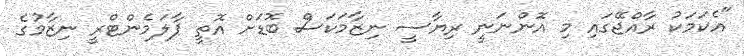
"އެކަމަކު ރާއްޖޭގައި މި އޮންނަނީ ރިޔާސީ ނިޒާމަކަސް ބޮޑަށް އޮތީ ޕާލަމެންޓްރީ ނިޒާމުގެ